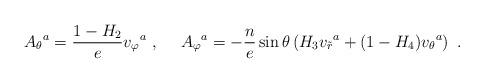
LaTeX: \begin{align*}{A_{\theta}}^a= \frac{1-H_2}{e} {v_{\varphi}}^a\ , \ \ \ \ {A_{\varphi}}^a=- \frac{n}{e}\sin\theta \left(H_3{v_{\tilde{r}}}^a+(1-H_4) {v_{\theta}}^a \right)\ .\end{align*}